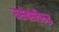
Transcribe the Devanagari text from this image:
ससेक्सविरूद्ध